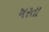
ખરતા